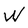
Character: W